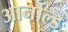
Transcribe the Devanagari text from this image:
आर्नौल्ड